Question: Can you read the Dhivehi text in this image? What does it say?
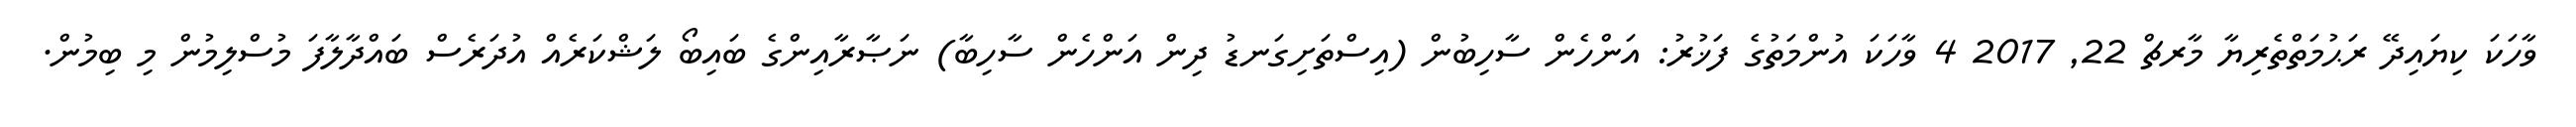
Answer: ވާހަކަ ކިޔައިދޭ ރަޙުމަތްތެރިޔާ މާރޗް 22, 2017 4 ވާހަކަ އުންމަތުގެ ފަޚުރު: އަންހެން ސާހިބުން (އިސްތަށިގަނޑު ދިން އަންހެން ސާހިބާ) ނަޞާރާއިންގެ ބައިބޯ ލަޝްކަރެއް އުދަރެސް ބައްދާލާފަ މުސްލިމުން މި ބިމުން.